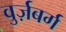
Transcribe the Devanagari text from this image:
वुर्ज़बर्ग